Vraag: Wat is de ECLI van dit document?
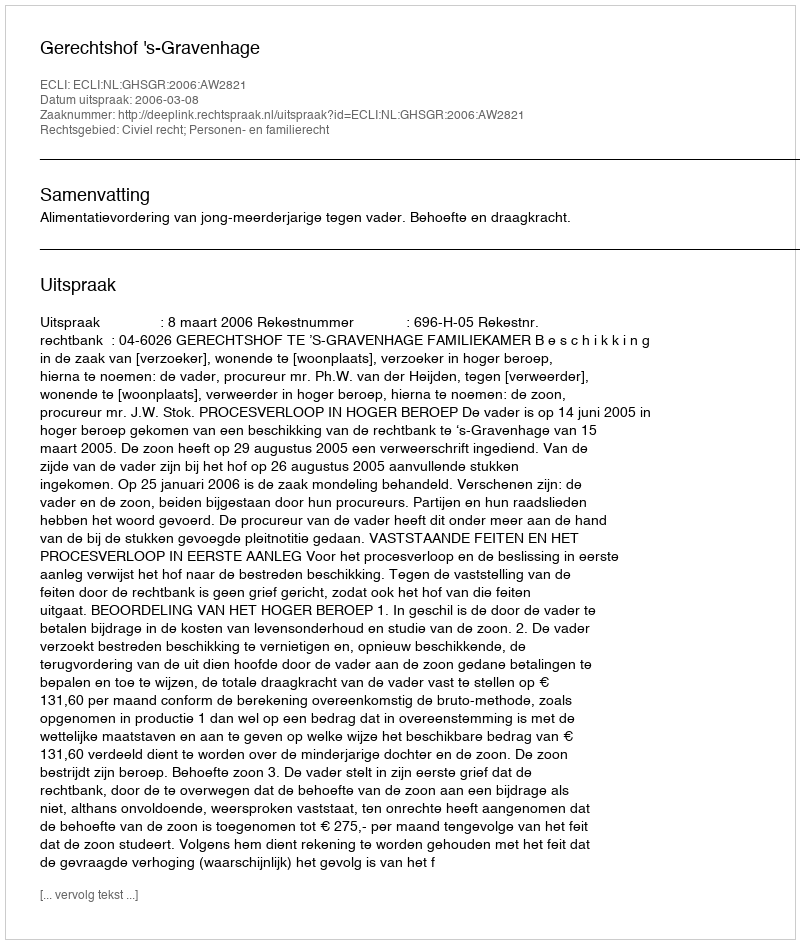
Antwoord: ECLI:NL:GHSGR:2006:AW2821